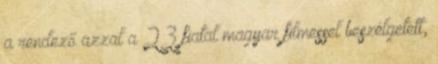
a rendező azzal a 23 fiatal magyar filmessel beszélgetett,